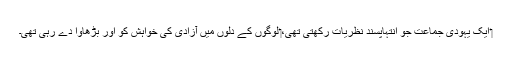
‏ ایک یہودی جماعت جو اِنتہاپسند نظریات رکھتی تھی،‏ لوگوں کے دلوں میں آزادی کی خواہش کو اَور بڑھاوا دے رہی تھی۔